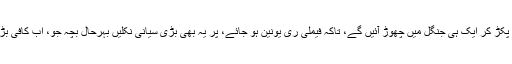
پھر ایک کیج آگیا کہ ایک ایک کر کے ان کو پکڑ کر ایک ہی جنگل میں چھوڑ آئیں گے، تاکہ فیملی ری یونین ہو جائے، پر یہ بھی بڑی سیانی نکلیں بہرحال بچہ جو، اب کافی بڑا ہو چکا تھا وہ عقل کا کچا نکلا اور پکڑا گیا۔